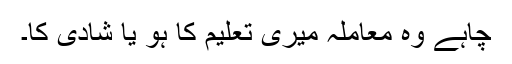
چاہے وہ معاملہ میری تعلیم کا ہو یا شادی کا۔